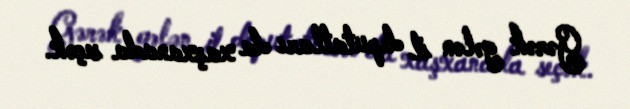
Gərək gələn il deputatları da xaşxanada seçək.